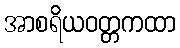
အာစရိယဝတ္တကထာ